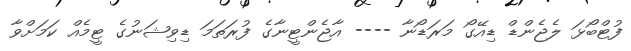
ފުޓްބޯޅަ ލެޖެންޑް ޑިއޭގޯ މަރަޑޯނާ ---- އާޖެންޓީނާގެ ފުރަތަމަ ޑިވިޝަނުގެ ޓީމެއް ކަމަށްވާ